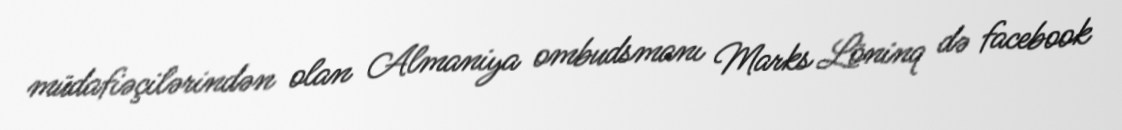
müdafiəçilərindən olan Almaniya ombudsmanı Marks Löninq də facebook